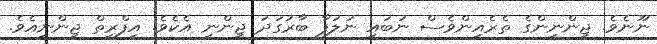
ނޫނެވެ. ޖިންނީންގެ ތެރެއިންވެސް ނުބައި ނުލަފާ ބާރުގަދަ ޖިންނި އެކެވެ. އިފްރީތް ޖިންނިއެވެ.